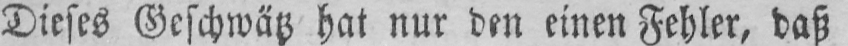
Dieses Geschwätz hat nur den einen Fehler, daß